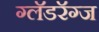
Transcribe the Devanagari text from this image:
ग्लॅडरॅग्ज